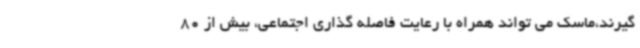
گیرند،ماسک می تواند همراه با رعایت فاصله گذاری اجتماعی، بیش از 80